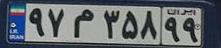
۹۷م۳۵۸۹۹